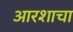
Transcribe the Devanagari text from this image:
आरशाचा